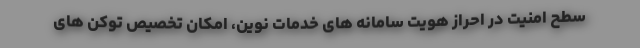
سطح امنیت در احراز هویت سامانه های خدمات نوین، امکان تخصیص توکن های